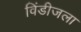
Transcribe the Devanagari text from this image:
विंडीजला